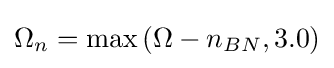
\Omega _{n}=\max {(\Omega -n_{BN},3.0)}